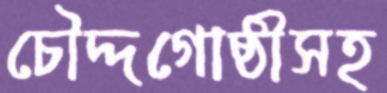
চৌদ্দগোষ্ঠীসহ